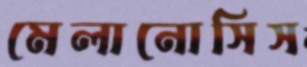
মেলানোসিস